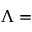
\Lambda =